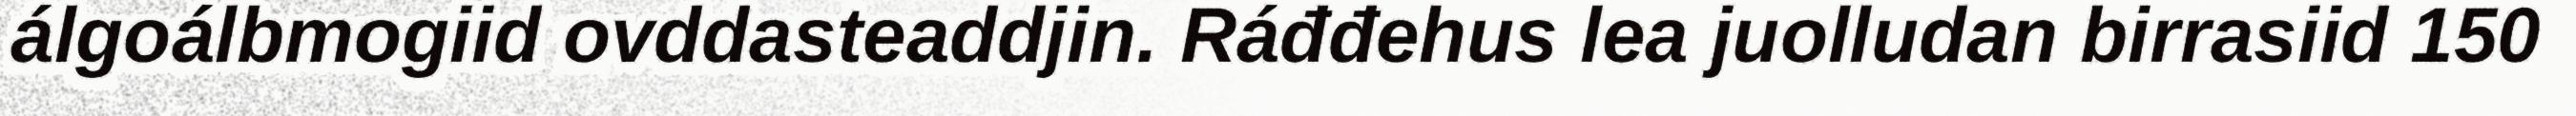
álgoálbmogiid ovddasteaddjin. Ráđđehus lea juolludan birrasiid 150